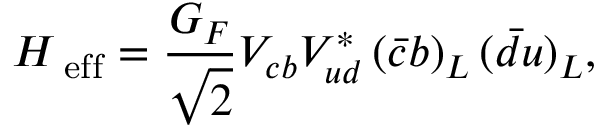
{ \cal H } _ { \mathrm { \scriptsize ~ e f f } } = \frac { G _ { F } } { \sqrt { 2 } } V _ { c b } V _ { u d } ^ { * } \, ( \bar { c } b ) _ { L } \, ( \bar { d } u ) _ { L } ,